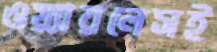
ওয়্যারলেসই